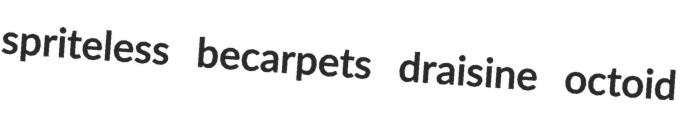
spriteless becarpets draisine octoid